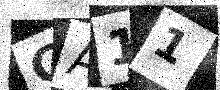
Text: CA11